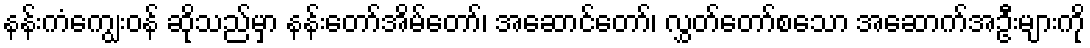
နန်းကံကျွေးဝန် ဆိုသည်မှာ နန်းတော်အိမ်တော်၊ အဆောင်တော်၊ လွှတ်တော်စသော အဆောက်အဦးများကို